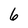
Character: 6